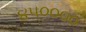
૪૫૦૦૦૦